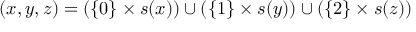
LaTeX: ( x , y , z ) = ( \{ 0 \} \times s ( x ) ) \cup ( \{ 1 \} \times s ( y ) ) \cup ( \{ 2 \} \times s ( z ) )